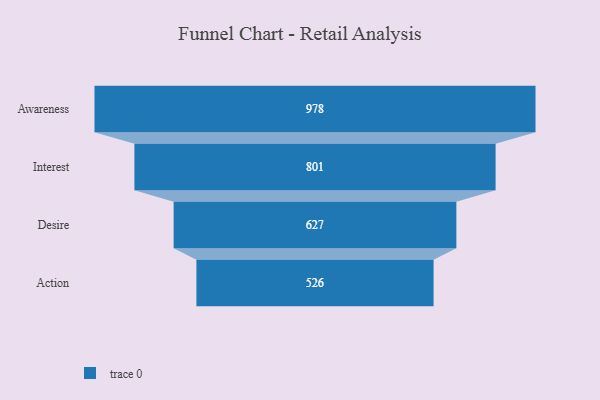
{"axis": {"x": "Stage", "y": "Value"}, "legend": [""], "data": [{"x": "Awareness", "y": 978.0, "type": ""}, {"x": "Interest", "y": 801.0, "type": ""}, {"x": "Desire", "y": 627.0, "type": ""}, {"x": "Action", "y": 526.0, "type": ""}]}